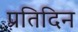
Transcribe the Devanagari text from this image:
प्रतिदिन